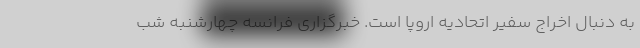
به دنبال اخراج سفیر اتحادیه اروپا است. خبرگزاری فرانسه چهارشنبه‌ شب